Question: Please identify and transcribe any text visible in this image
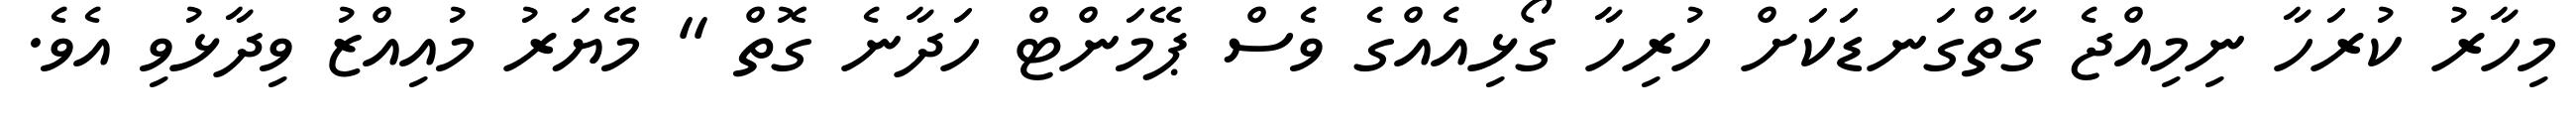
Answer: މިހާރު ކުރަހާ ނިމިއްޖެ ގާތްގަނޑަކަށް ހުރިހާ ގޯޅިއެއްގެ ވެސް ޕޭމަންޓް ހަދާނެ ގޮތް " މޭޔަރު މުއިއްޒު ވިދާޅުވި އެވެ.